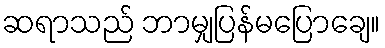
ဆရာသည် ဘာမျှပြန်မပြောချေ။